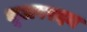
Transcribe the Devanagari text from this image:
भूअपरदन